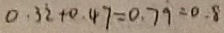
0 . 3 2 + 0 . 4 7 = 0 . 7 9 = 0 . 8